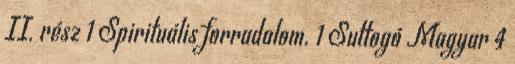
II. rész 1 Spirituális forradalom. 1 Suttogó Magyar 4